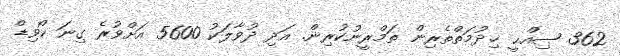
362 ޞިއްޙީ ޚިދުމަތްތެރިން ތަމްރީނުކުރިން. އަދި ދުވާލަކު 5600 އަށްވުރެ ގިނަ ކޯވިޑް